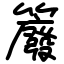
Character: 䉬